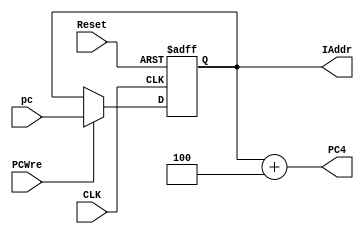
`timescale 1ns / 1ps
//////////////////////////////////////////////////////////////////////////////////
// Company: 
// Engineer: 
// 
// Design Name: 
// Module Name: PC
// Project Name: 
// Target Devices: 
// Tool Versions: 
// Description: 
// 
// Dependencies: 
// 
// Revision:
// Revision 0.01 - File Created
// Additional Comments:
// 
//////////////////////////////////////////////////////////////////////////////////


module PC(
  input CLK,                    // 
  input Reset,                  // 
  input PCWre,                 // PC  0 
  input [31:0] pc,              // 
  output reg [31:0] IAddr = 0,  // 
  output [31:0] PC4             // PC + 4
  );

  always @(posedge CLK or negedge Reset) begin
    if (!Reset) begin
      IAddr <= 0; 
      //  0 PC  0
    end
    else if (PCWre) begin
      IAddr <= pc;
      //  PCWre 1 PC 
    end
  end

  assign PC4 = IAddr + 4;
  // PC4 = IAddr + 4
endmodule

module PC_Source (
  input [31:0] PC4,          // PC  PC4 
  input [31:0] PC_Brench,    // Brench 
  input [31:0] PC_Jump,      // Jump 
  input [31:0] PC_Nouse,     // 
  input [1:0] PC_Src, // 
  output reg [31:0] pc    // 
  );

  always @(*) begin
    case(PC_Src)
      2'b00: pc <= PC4;                     //  PC+4 
      2'b01: pc <= (PC_Brench << 2) + PC4;  // brench  PC_Brench 
      2'b10: pc <= PC_Jump;                 // j  PC_Jumper 
      default: pc <= PC4;
    endcase
  end
endmodule

module PC_Jumper (
  input [31:0] PC4,
  input [25:0] pc,
  output [31:0] PC_Jump
);
  assign PC_Jump[31:28] = PC4[31:28]; //  PC + 4 
  assign PC_Jump[27:0] = pc << 2;     // 2720
endmodule